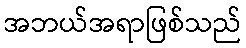
အဘယ်အရာဖြစ်သည်